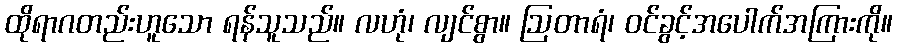
ထိုရာဂတည်းဟူသော ရန်သူသည်။ လဟုံ၊ လျင်စွာ။ ဩတာရံ၊ ဝင်ခွင့်အပေါက်အကြားကို။